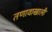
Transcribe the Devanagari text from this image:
तणावाखाली